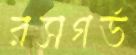
রসগর্ভ